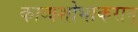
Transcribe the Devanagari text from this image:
काव्यशोभाकरान्